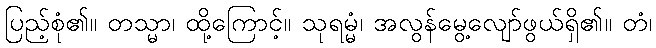
ပြည့်စုံ၏။ တသ္မာ၊ ထို့ကြောင့်။ သုရမ္မံ၊ အလွန်မွေ့လျော်ဖွယ်ရှိ၏။ တံ၊